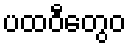
ပထဝီတွေဝ